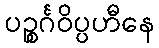
ပဉ္စင်္ဂဝိပ္ပဟီနေ